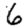
Digit: 6